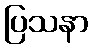
ပြသနာ